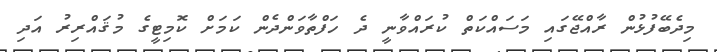
މިދެބޭފުޅުން ރާއްޖޭގައި މަސައްކަތް ކުރައްވާނީ ދެ ހަފްތާވަންދެން ކަމަށް ކޮމިޓީގެ މުޤައްރިރު އަދި